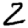
Digit: 2